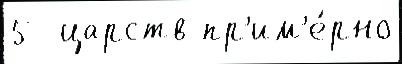
5  царств пр'им'е́рно